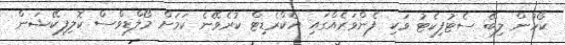
ކޯހުން ލިބޭ ސެޓުފިކެޓު ވަކި ފެންވަރެއްގައި އެކްރެޑިޓް ކުރެވޭނެ ކަމަށް މޯލްޑިވްސް ކޮލިފިކޭޝަން